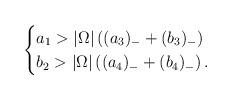
LaTeX: \begin{align*}\begin{cases}a_1>|\Omega|\left((a_3)_-+(b_3)_-\right)\cr b_2>|\Omega|\left((a_4)_-+(b_4)_-\right).\end{cases} \end{align*}